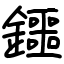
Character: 鑩